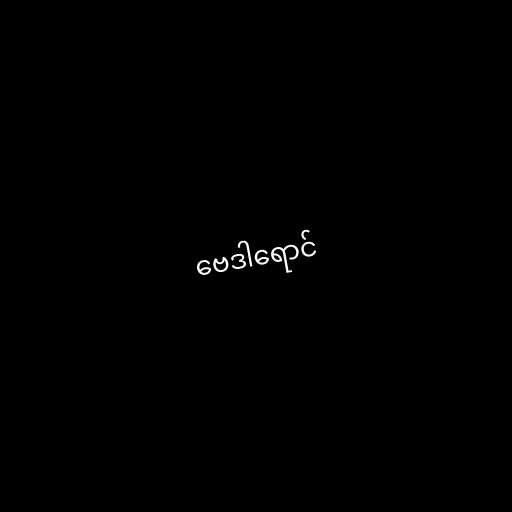
ဗေဒါရောင်